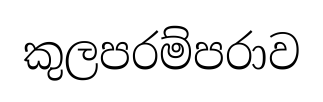
කුලපරම්පරාව